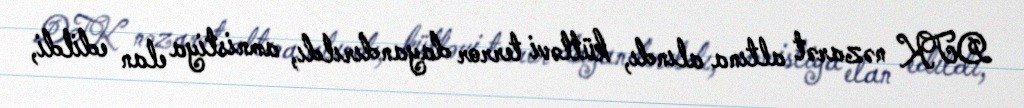
DTK nəzarət altına alındı, kütləvi terror dayandırıldı, amnistiya elan edildi,